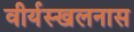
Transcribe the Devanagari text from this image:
वीर्यस्खलनास